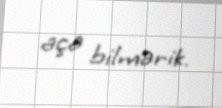
aça bilmərik.